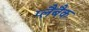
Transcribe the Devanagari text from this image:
प्लैबैक